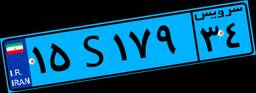
۸۴S۴۷۵۴۷